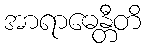
အာရာဓေန္တီတိ